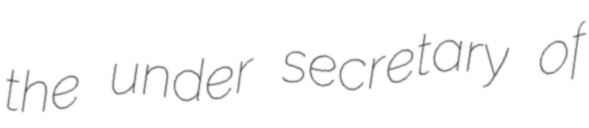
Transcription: the under secretary of